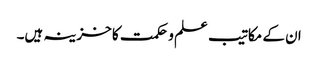
ان کے مکاتیب علم و حکمت کا خزینہ ہیں۔